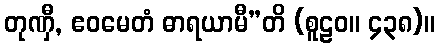
တုဏှီ, ဧဝမေတံ ဓာရယာမီ”တိ (စူဠဝ။ ၄၃၈)။